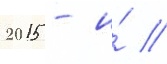
2015 - и́ //